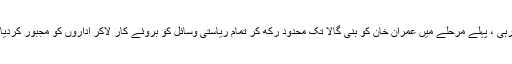
نواز حکومت اپنی حکمت عملی میں کامیاب رہی ، پہلے مرحلے میں عمران خان کو بنی گالا تک محدود رکھ کر تمام ریاستی وسائل کو بروئے کار لاکر اداروں کو مجبور کردیا کہ وہ اِن سمیت سب کو بند گلی سے نکالیں ۔